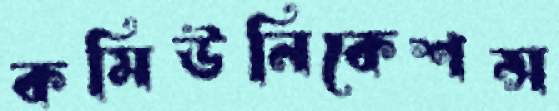
কমিউনিকেশন্স